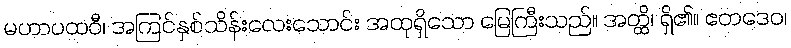
မဟာပထဝီ၊ အကြင်နှစ်သိန်းလေးသောင်း အထုရှိသော မြေကြီးသည်။ အတ္ထိ၊ ရှိ၏။ ဧတဒေဝ၊